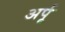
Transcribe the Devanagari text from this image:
अर्पू